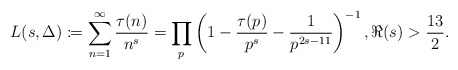
\begin{align*}L(s, \Delta) \coloneqq \sum_{n = 1}^{\infty} \frac{\tau(n)}{n^{s}} = \prod_{p} \left(1-\frac{\tau(p)}{p^{s}}-\frac{1}{p^{2s-11}} \right)^{-1}, \Re(s) > \frac{13}{2}.\end{align*}